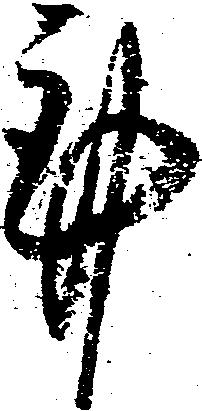
謹